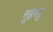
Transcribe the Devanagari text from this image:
सुहभट्ट